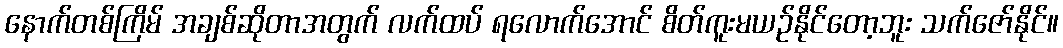
နောက်တစ်ကြိမ် အချစ်ဆိုတာအတွက် လက်ထပ် ရလောက်အောင် စိတ်ကူးမယဉ်နိုင်တော့ဘူး သက်ဇော်နိုင်။